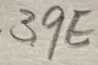
Text: 39E